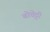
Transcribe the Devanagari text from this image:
बोचेट्टी